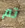
تم